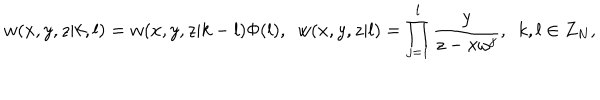
LaTeX: w ( x , y , z | k , l ) = w ( x , y , z | k - l ) \Phi ( l ) , ~ ~ w ( x , y , z | l ) = \prod _ { j = 1 } ^ { l } \frac { y } { z - x \omega ^ { j } } , ~ ~ k , l \in Z _ { N } ,